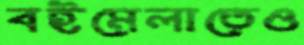
বইমেলাতেও